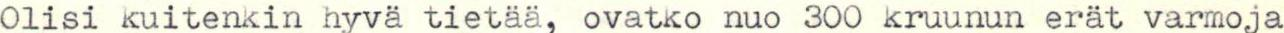
Olisi kuitenkin hyvä tietää, ovatko nuo 300 kruunun erät varmoja